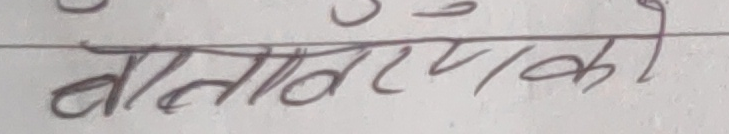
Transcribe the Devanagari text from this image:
बातावरको